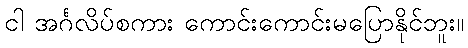
ငါ အင်္ဂလိပ်စကား ကောင်းကောင်းမပြောနိုင်ဘူး။